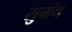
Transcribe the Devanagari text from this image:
सुमंथ